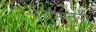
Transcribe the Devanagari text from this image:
त्रिभांतरी